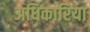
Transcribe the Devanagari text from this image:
अधिकारिया